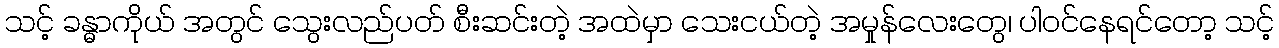
သင့် ခန္ဓာကိုယ် အတွင် သွေးလည်ပတ် စီးဆင်းတဲ့ အထဲမှာ သေးငယ်တဲ့ အမှုန်လေးတွေ၊ ပါဝင်နေရင်တော့ သင့်